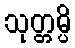
သုတ္တမ္ပိ